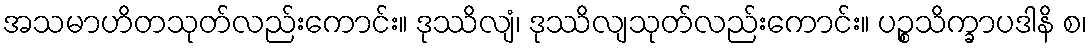
အသမာဟိတသုတ်လည်းကောင်း။ ဒုဿိလျံ၊ ဒုဿိလျသုတ်လည်းကောင်း။ ပဉ္စသိက္ခာပဒါနိ စ၊